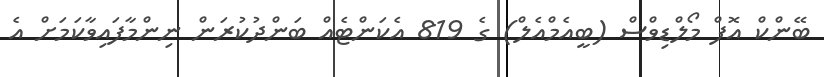
ބޭންކް އޮފް މޯލްޑިވްސް (ބީއެމްއެލް) ގެ 819 އެކަންޓެއް ބަންދުކުރަން ނިންމާފައިވާކަމަށް އެ